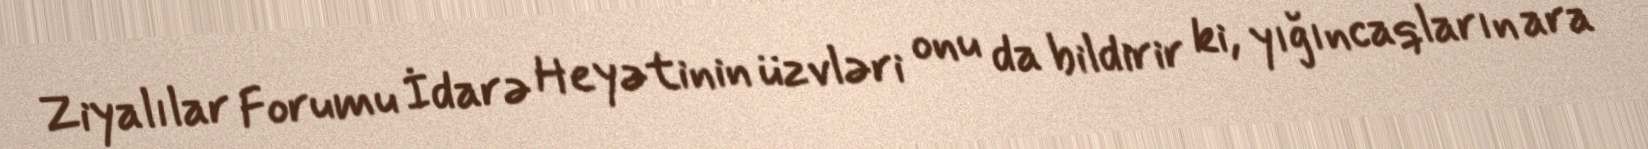
Ziyalılar Forumu İdarə Heyətinin üzvləri onu da bildirir ki, yığıncaqların ara